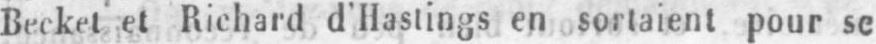
Becket et Richard d’Hastings en sortaient pour se